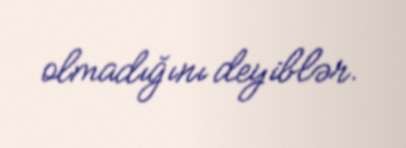
olmadığını deyiblər.